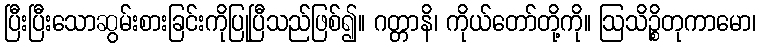
ပြီးပြီးသောဆွမ်းစားခြင်းကိုပြုပြီသည်ဖြစ်၍။ ဂတ္တာနိ၊ ကိုယ်တော်တို့ကို။ ဩသိဉ္စိတုကာမော၊